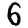
Digit: 6